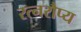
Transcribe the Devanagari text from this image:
रत्नरौप्य